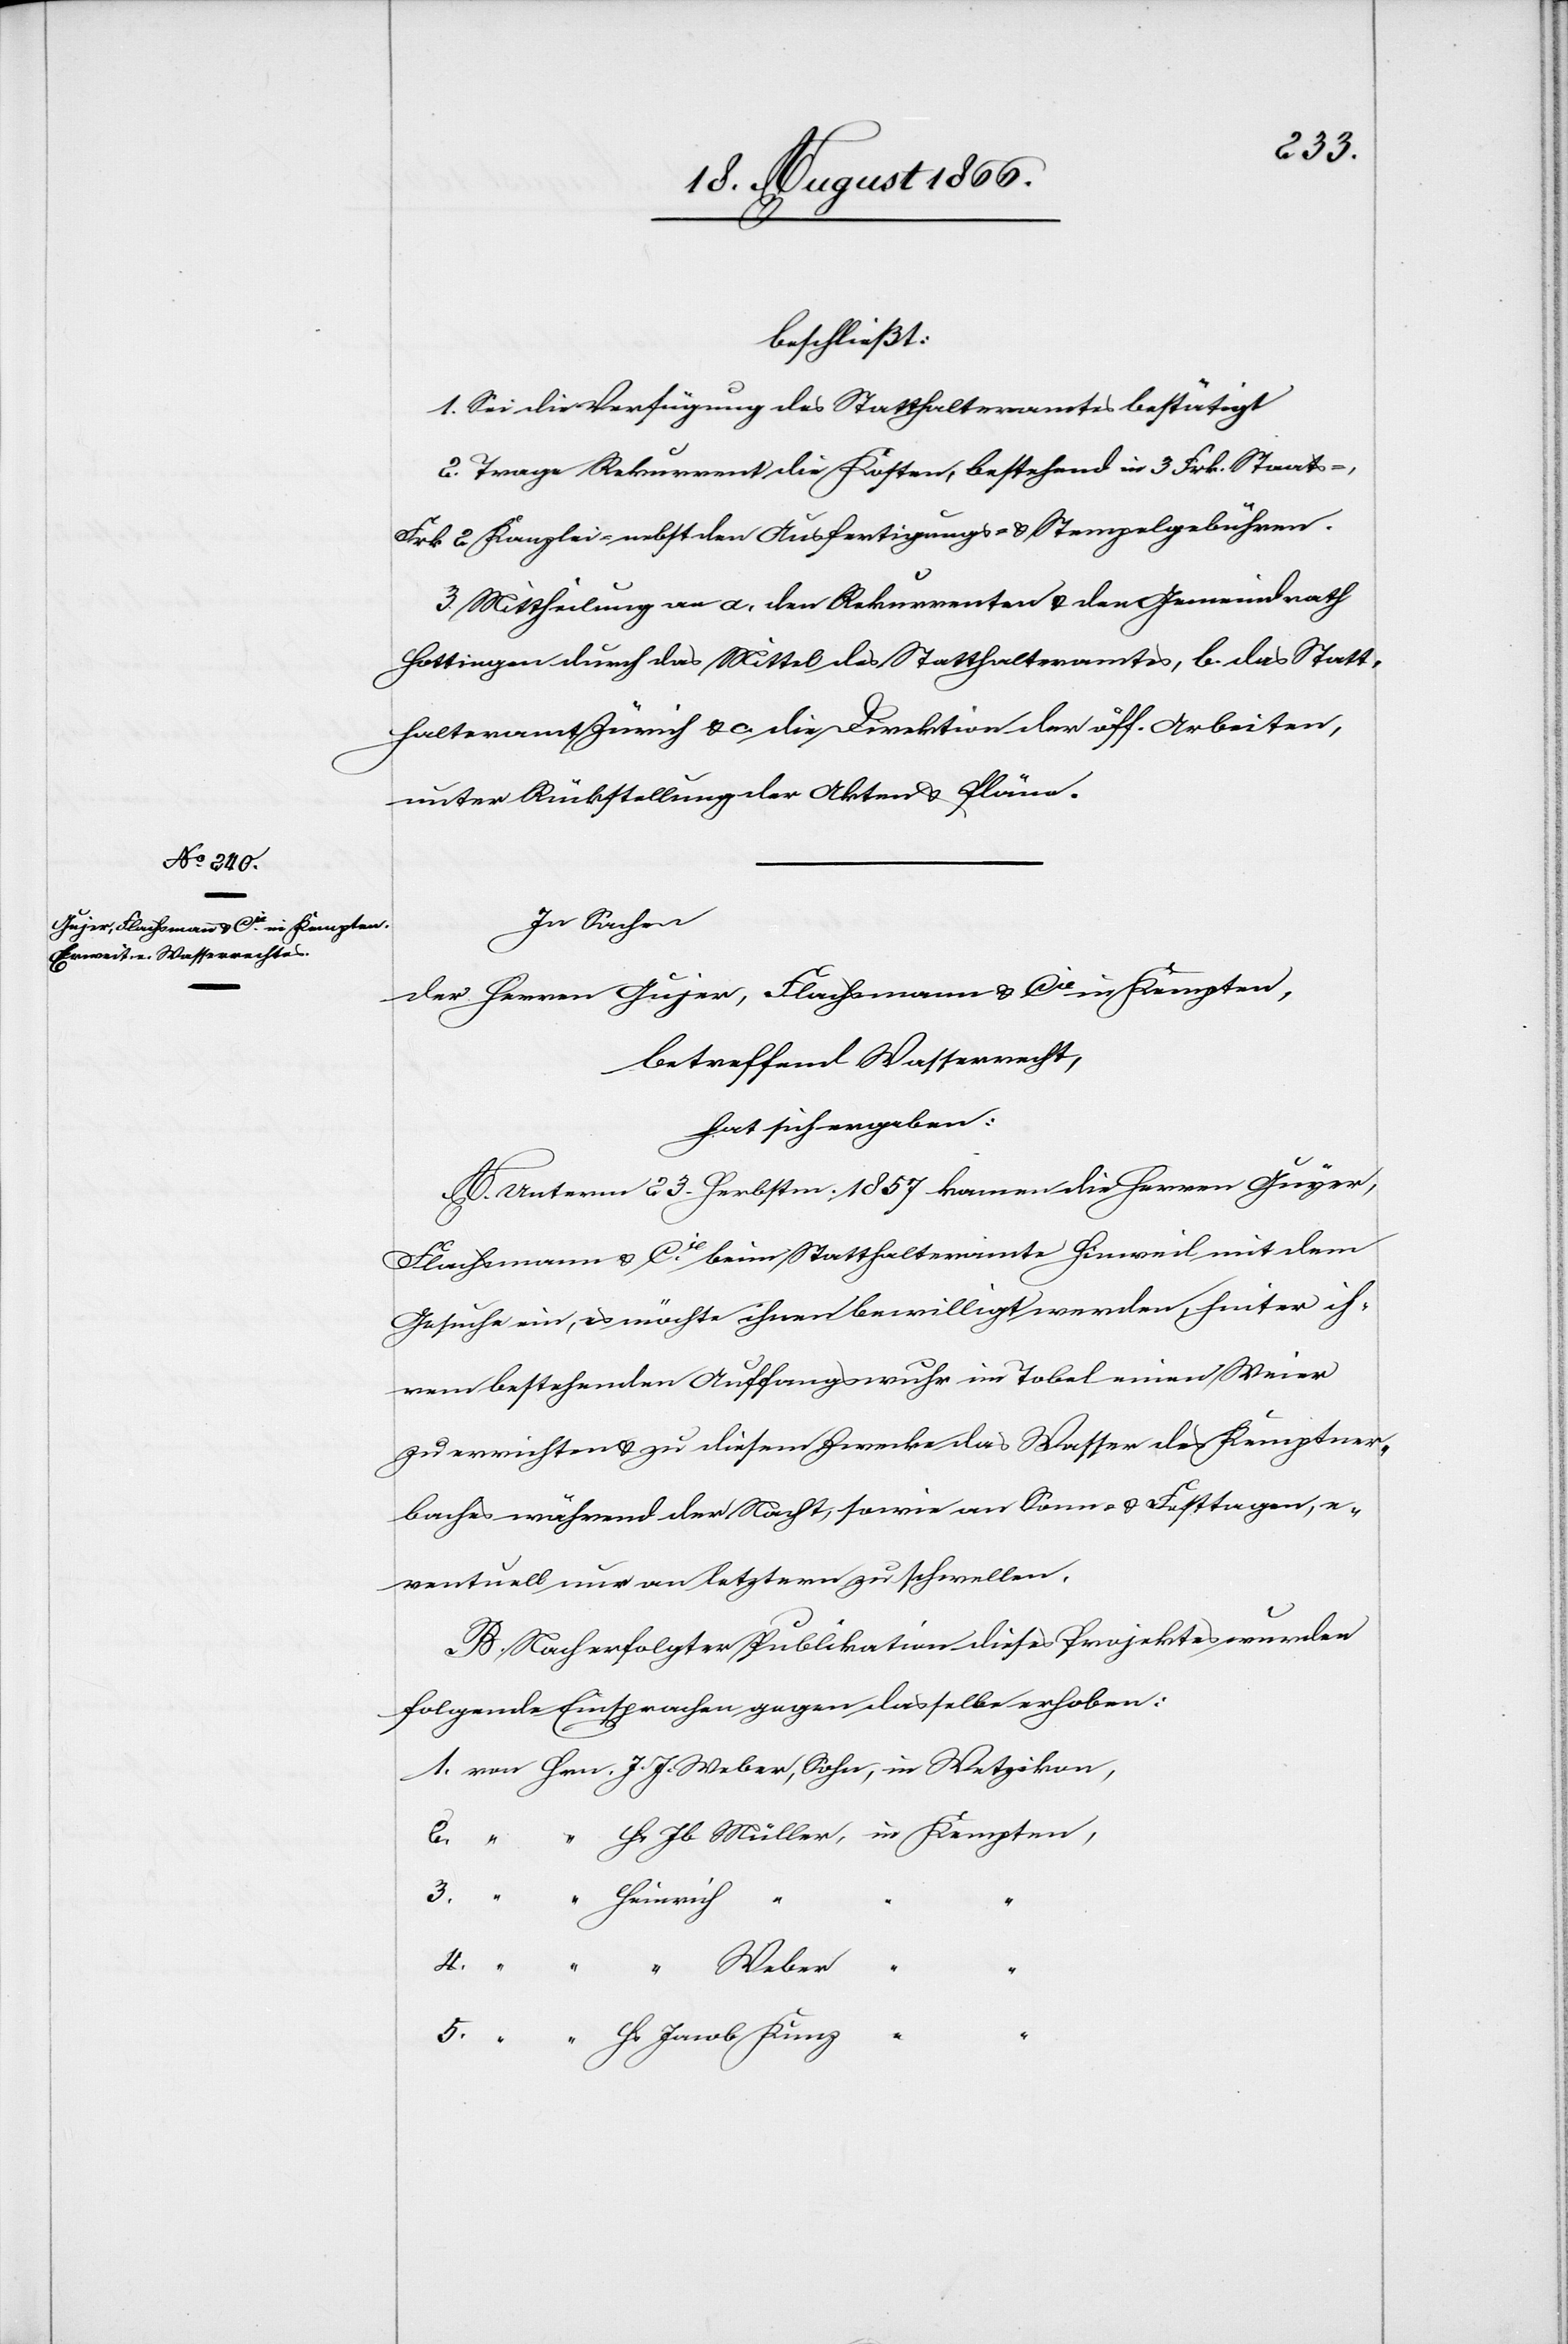
beschließt:
1. Sei die Verfügung des Statthalteramtes bestätigt.
2. Trage Rekurrent die Kosten, bestehend in 3 Frk. Staats-,
Frk. 2 Kanzlei- nebst den Ausfertigungs- u. Stempelgebühren.
3. Mittheilung an a. den Rekurrenten u. den Gemeindrath
Hottingen durch das Mittel des Statthalteramtes, b. das Statt¬
halteramt Zürich u. c. die Direktion der öff. Arbeiten,
unter Rückstellung der Akten u. Pläne.
In Sachen
der Herren Gujer, Flachmann & Cie. in Kempten,
betreffend Wasserrecht,
hat sich ergeben:
A. Unterm 23. Herbstm. 1857 kamen die Herren Guyer,
Flachmann & Cie. [sic!] beim Statthalteramte Hinweil mit dem
Gesuche ein, es möchte ihnen bewilligt werden, hinter ih¬
rem bestehenden Auffangswuhr im Tobel einen Weier
zu errichten u. zu diesem Zwecke das Wasser des Kemptner¬
baches während der Nacht, sowie an Sonn- u. Festtagen, e¬
ventuell nur an letztern zu schwellen.
B. Nach erfolgter Publikation dieses Projektes wurden
folgende Einsprachen gegen dasselbe erhoben: